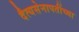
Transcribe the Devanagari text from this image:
दैत्यसेनापतींच्या